Indian journal of veterinary science and animal husbandry - Volume 6,
Year: 1936
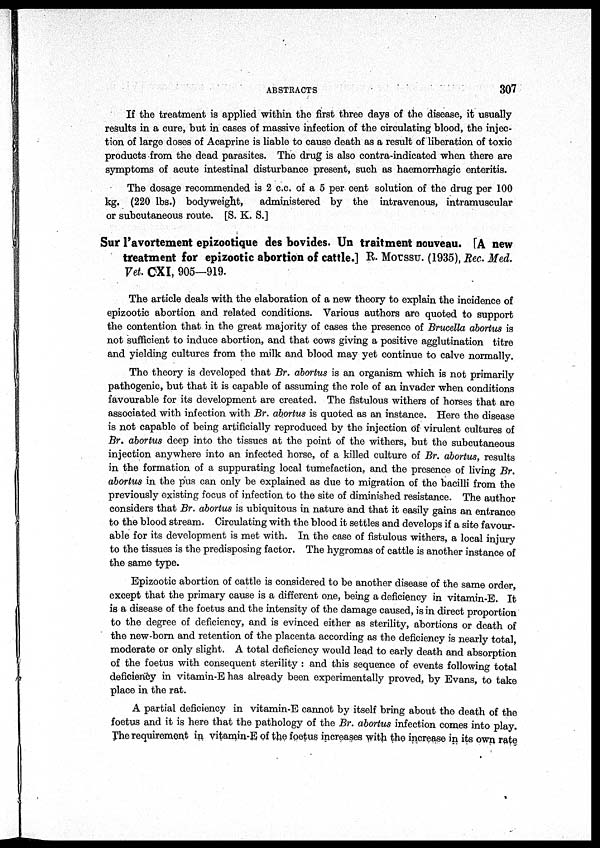
ABSTRACTS
307
If the treatment is applied within the first three days of the disease, it usually
results in a cure, but in cases of massive infection of the circulating blood, the injec-
tion of large doses of Acaprine is liable to cause death as a result of liberation of toxic
products from the dead parasites. The drug is also contra-indicated when there are
symptoms of acute intestinal disturbance present, such as haemorrhagic enteritis.
The dosage recommended is 2 c.c. of a 5 per cent solution of the drug per 100
kg. (220 lbs.) bodyweight,
administered by the intravenous, intramuscular
or subcutaneous route. [S. K. S.]
Sur l'avortement epizootique des bovides. Un traitment nouveau. [A new
treatment for epizootic abortion of cattle.] R. MOUSSU. (1935), Rec. Med.
Vet. CXI, 905—919.
The article deals with the elaboration of a new theory to explain the incidence of
epizootic abortion and related conditions. Various authors are quoted to support
the contention that in the great majority of cases the presence of Brucella abortus is
not sufficient to induce abortion, and that cows giving a positive agglutination titre
and yielding cultures from the milk and blood may yet continue to calve normally.
The theory is developed that Br. abortus is an organism which is not primarily
pathogenic, but that it is capable of assuming the role of an invader when conditions
favourable for its development are created. The fistulous withers of horses that are
associated with infection with Br. abortus is quoted as an instance. Here the disease
is not capable of being artificially reproduced by the injection of virulent cultures of
Br. abortus deep into the tissues at the point of the withers, but the subcutaneous
injection anywhere into an infected horse, of a killed culture of Br. abortus, results
in the formation of a suppurating local tumefaction, and the presence of living Br.
abortus in the pus can only be explained as due to migration of the bacilli from the
previously existing focus of infection to the site of diminished resistance. The author
considers that Br. abortus is ubiquitous in nature and that it easily gains an entrance
to the blood stream. Circulating with the blood it settles and develops if a site favour-
able for its development is met with. In the case of fistulous withers, a local injury
to the tissues is the predisposing factor. The hygromas of cattle is another instance of
the same type.
Epizootic abortion of cattle is considered to be another disease of the same order,
except that the primary cause is a different one, being a deficiency in vitamin-E. It
is a disease of the foetus and the intensity of the damage caused, is in direct proportion
to the degree of deficiency, and is evinced either as sterility, abortions or death of
the new-born and retention of the placenta according as the deficiency is nearly total,
moderate or only slight. A total deficiency would lead to early death and absorption
of the foetus with consequent sterility : and this sequence of events following total
deficiency in vitamin-E has already been experimentally proved, by Evans, to take
place in the rat.
A partial deficiency in vitamin-E cannot by itself bring about the death of the
foetus and it is here that the pathology of the Br. abortus infection comes into play.
The requirement in vitamin-E of the foetus increases with the increase in its own rate